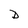
Character: D